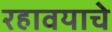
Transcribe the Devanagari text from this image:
रहावयाचे